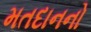
મતદાનનો